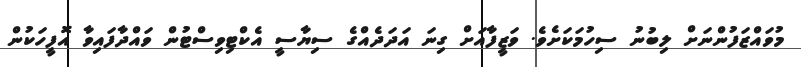
މުވައްޒަފުންނަށް ލިބުނު ސިހުމަކަށެވެ. ވަޒީފާއަށް ގިނަ އަދަދެއްގެ ސިޔާސީ އެކްޓިވިސްޓުން ވައްދާފައިވާ އޮފީހަކުން